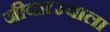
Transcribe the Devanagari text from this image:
जीवात्म्याला